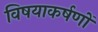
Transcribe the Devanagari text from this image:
विषयाकर्षणों